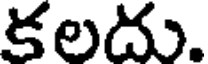
కలదు.